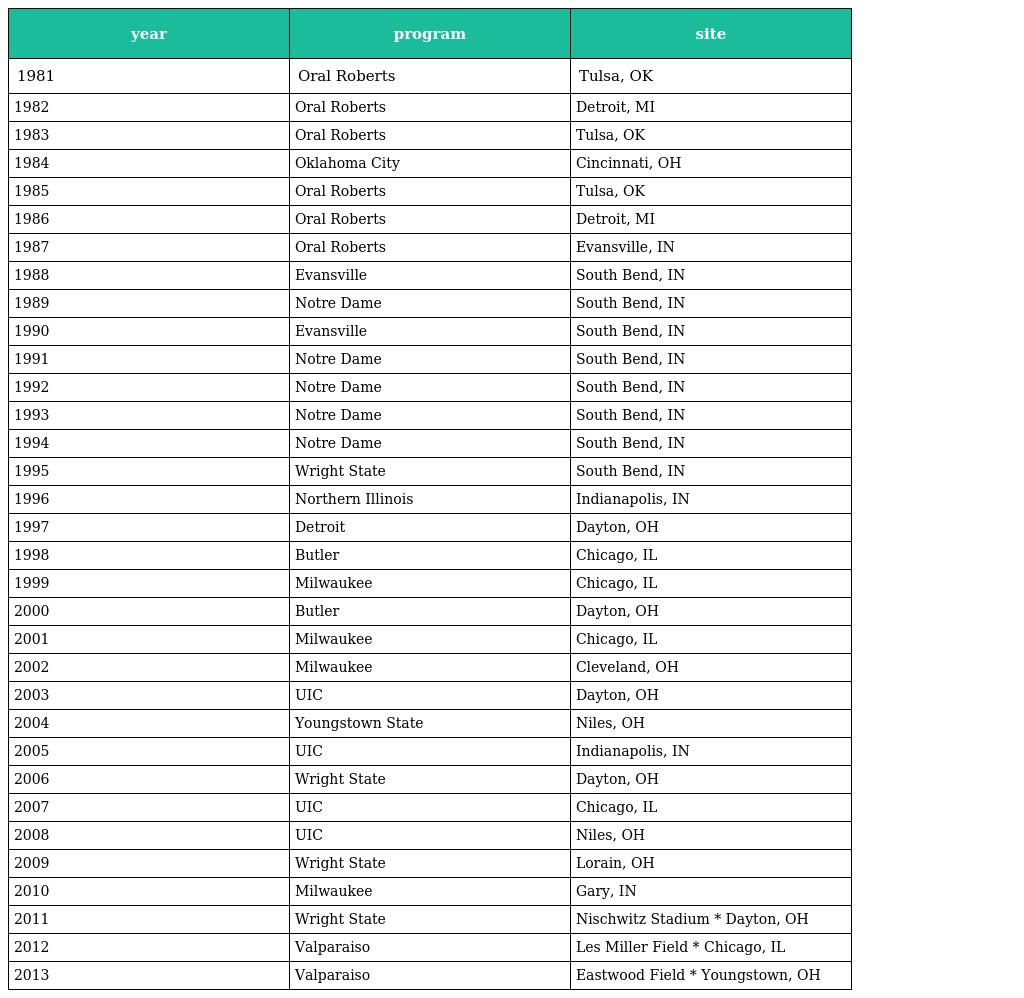
| year | program | site |
 | --- | --- | --- |
 | 1981 | Oral Roberts | Tulsa, OK |
 | 1982 | Oral Roberts | Detroit, MI |
 | 1983 | Oral Roberts | Tulsa, OK |
 | 1984 | Oklahoma City | Cincinnati, OH |
 | 1985 | Oral Roberts | Tulsa, OK |
 | 1986 | Oral Roberts | Detroit, MI |
 | 1987 | Oral Roberts | Evansville, IN |
 | 1988 | Evansville | South Bend, IN |
 | 1989 | Notre Dame | South Bend, IN |
 | 1990 | Evansville | South Bend, IN |
 | 1991 | Notre Dame | South Bend, IN |
 | 1992 | Notre Dame | South Bend, IN |
 | 1993 | Notre Dame | South Bend, IN |
 | 1994 | Notre Dame | South Bend, IN |
 | 1995 | Wright State | South Bend, IN |
 | 1996 | Northern Illinois | Indianapolis, IN |
 | 1997 | Detroit | Dayton, OH |
 | 1998 | Butler | Chicago, IL |
 | 1999 | Milwaukee | Chicago, IL |
 | 2000 | Butler | Dayton, OH |
 | 2001 | Milwaukee | Chicago, IL |
 | 2002 | Milwaukee | Cleveland, OH |
 | 2003 | UIC | Dayton, OH |
 | 2004 | Youngstown State | Niles, OH |
 | 2005 | UIC | Indianapolis, IN |
 | 2006 | Wright State | Dayton, OH |
 | 2007 | UIC | Chicago, IL |
 | 2008 | UIC | Niles, OH |
 | 2009 | Wright State | Lorain, OH |
 | 2010 | Milwaukee | Gary, IN |
 | 2011 | Wright State | Nischwitz Stadium * Dayton, OH |
 | 2012 | Valparaiso | Les Miller Field * Chicago, IL |
 | 2013 | Valparaiso | Eastwood Field * Youngstown, OH |